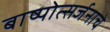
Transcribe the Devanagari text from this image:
बाष्पोत्सर्जनाचे